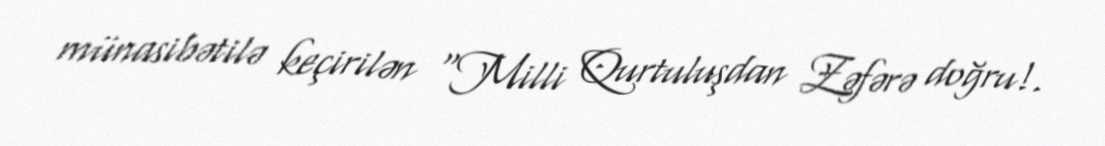
münasibətilə keçirilən "Milli Qurtuluşdan Zəfərə doğru!.